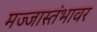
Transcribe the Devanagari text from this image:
मज्जास्तंभावर